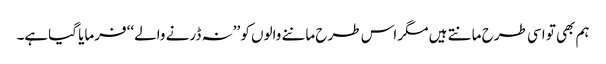
ہم بھی تو اسی طرح مانتے ہیں مگر اس طرح ماننے والوں کو ’’نہ ڈرنے والے‘‘ فرمایا گیاہے۔